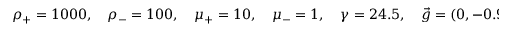
\rho _ { + } = 1 0 0 0 , \quad \rho _ { - } = 1 0 0 , \quad \mu _ { + } = 1 0 , \quad \mu _ { - } = 1 , \quad \gamma = 2 4 . 5 , \quad \vec { g } = ( 0 , - 0 . 9 8 ) ^ { T } .